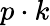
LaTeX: p\cdot k